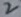
Text: 2